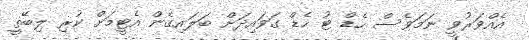
އެއްވަރުވީ ނަމަވެސް ހެޑް ޓު ހެޑް ގަވައިދަށް ބަލައިގެން އެޓީމަށް ކުރި ލިބޭތީ